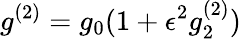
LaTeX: g^{(2)}=g_{0}(1+\epsilon^{2}g_{2}^{(2)})